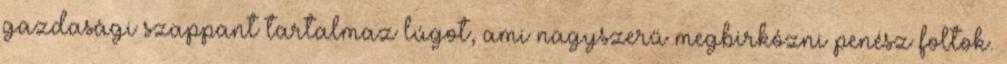
gazdasági szappant tartalmaz lúgot, ami nagyszerű megbirkózni penész foltok.